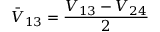
\bar { V } _ { 1 3 } = \frac { V _ { 1 3 } - V _ { 2 4 } } { 2 }